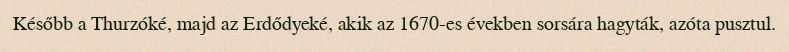
Később a Thurzóké, majd az Erdődyeké, akik az 1670-es években sorsára hagyták, azóta pusztul.